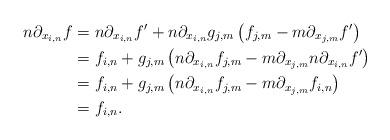
LaTeX: \begin{align*} n\partial_{x_{i,n}}f&=n\partial_{x_{i,n}}f'+n\partial_{x_{i,n}}g_{j,m}\left(f_{j,m}-m\partial_{x_{j,m}}f'\right)\\ &=f_{i,n}+g_{j,m}\left(n\partial_{x_{i,n}}f_{j,m}-m\partial_{x_{j,m}}n\partial_{x_{i,n}}f'\right)\\ &=f_{i,n}+g_{j,m}\left(n\partial_{x_{i,n}}f_{j,m}-m\partial_{x_{j,m}}f_{i,n}\right)\\ &=f_{i,n}.\end{align*}